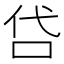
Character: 𠰰